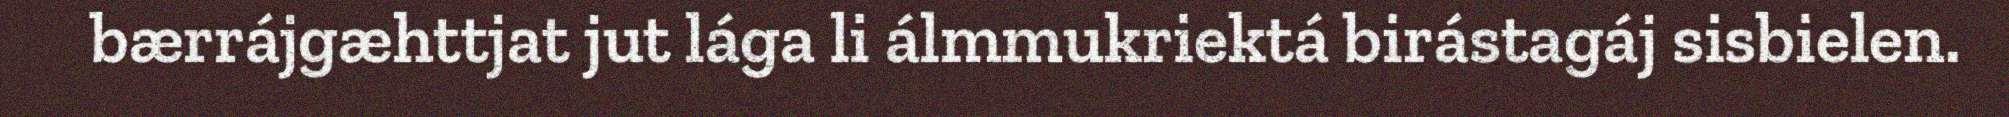
bærrájgæhttjat jut lága li álmmukriektá birástagáj sisbielen.